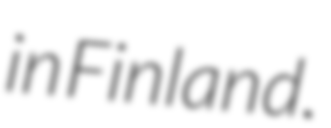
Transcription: in Finland.